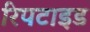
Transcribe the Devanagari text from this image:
रिपटाइड